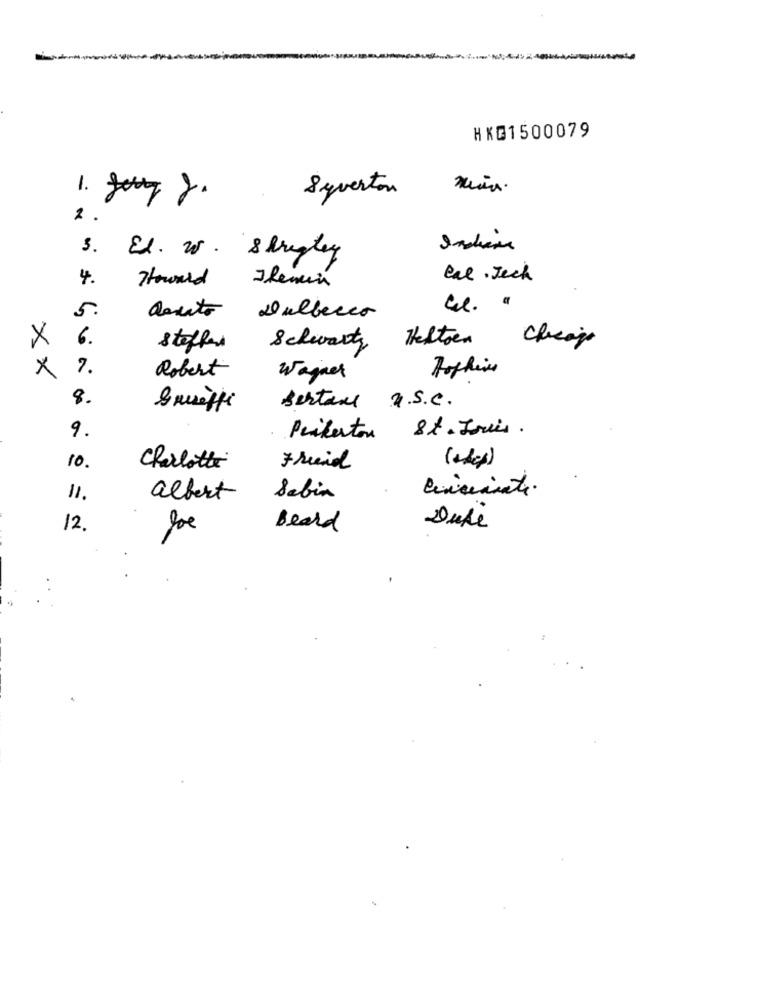
HKG1500079
-
Syverten
2.
El. 20. Shipley
Howard
Themin
Cal. Jech
4.
5.
Dulbecco
X
6.
Heltoen
stoffer
Schwartz
Cheap
×
7.
Robert
Wagner
8.
griffi
Bertone U.S.C.
9.
St. Louis .
Perkerton
10.
Charlotte
11.
albert
Sabia
12.
Beard
Duke